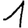
Digit: 1